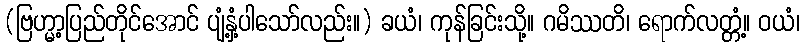
(ဗြဟ္မာ့ပြည်တိုင်အောင် ပျံ့နှံ့ပါသော်လည်း။) ခယံ၊ ကုန်ခြင်းသို့။ ဂမိဿတိ၊ ရောက်လတ္တံ့။ ဝယံ၊